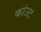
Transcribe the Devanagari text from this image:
कांउट